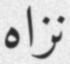
نزاه